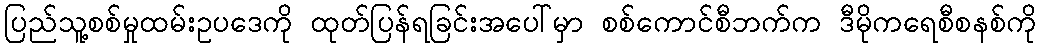
ပြည်သူ့စစ်မှုထမ်းဥပဒေကို ထုတ်ပြန်ရခြင်းအပေါ်မှာ စစ်ကောင်စီဘက်က ဒီမိုကရေစီစနစ်ကို